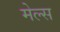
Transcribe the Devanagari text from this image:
मेल्स